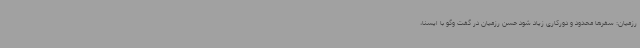
رزمیان: سفرها محدود و دورکاری زیاد شود حسن رزمیان در گفت وگو با ایسنا،